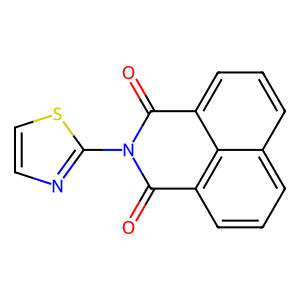
SMILES: O=C1c2cccc3cccc(c23)C(=O)N1c1nccs1
Inhibits HIV replication: No